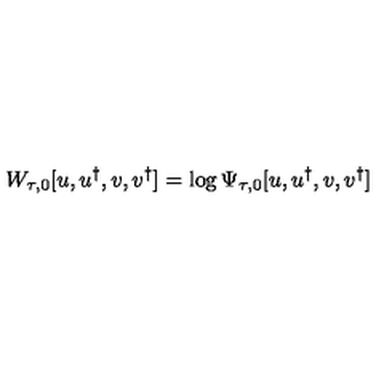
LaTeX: W _ { \tau , 0 } [ u , u ^ { \dagger } , { v } , { v } ^ { \dagger } ] = \log \Psi _ { \tau , 0 } [ u , u ^ { \dagger } , { v } , { v } ^ { \dagger } ]